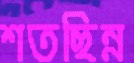
শতছিন্ন